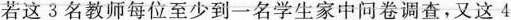
若这3名教师每位至少到一名学生家中问卷调查，又这4